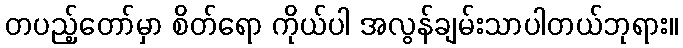
တပည့်တော်မှာ စိတ်ရော ကိုယ်ပါ အလွန်ချမ်းသာပါတယ်ဘုရား။